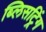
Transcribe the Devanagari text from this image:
ब्लिसट्रिंग